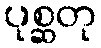
ပုစ္ဆတု